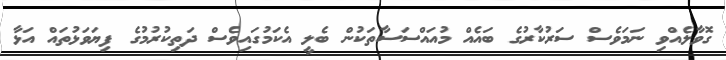
ގޮވާލެއްވި ނަމަވެސް ސަރުކާރުގެ ބައެއް މުއައްސަސާތަކުން ބެލީ އެކަމުގައިވެސް ދަތިކުރުމުގެ ފިޔަވަޅުތައް އަޅާ